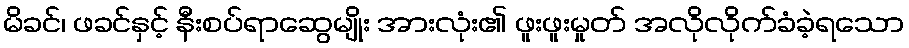
မိခင်၊ ဖခင်နှင့် နီးစပ်ရာဆွေမျိုး အားလုံး၏ ဖူးဖူးမှုတ် အလိုလိုက်ခံခဲ့ရသော